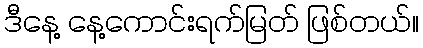
ဒီနေ့ နေ့ကောင်းရက်မြတ် ဖြစ်တယ်။